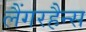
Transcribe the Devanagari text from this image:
लैंगरहैन्स